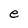
Character: e